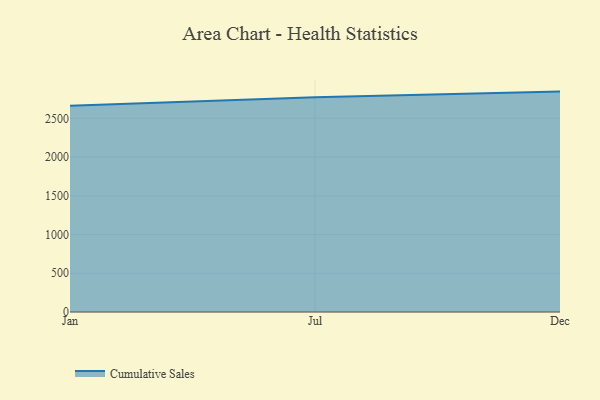
{"axis": {"x": "Month", "y": "Waste Production (Tons)"}, "legend": ["Cumulative Sales"], "data": [{"x": "Jan", "y": 2664.1, "type": "Cumulative Sales"}, {"x": "Jul", "y": 2772.9, "type": "Cumulative Sales"}, {"x": "Dec", "y": 2845.5, "type": "Cumulative Sales"}]}